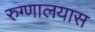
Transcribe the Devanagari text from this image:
रुग्णालयास